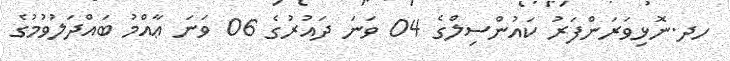
ހދ.ނޮޅިވަރަންފަރު ކައުންސިލްގެ 04 ވަނަ ދައުރުގެ 06 ވަނަ ޢާއްމު ބައްދަލުވުމުގެ